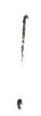
!